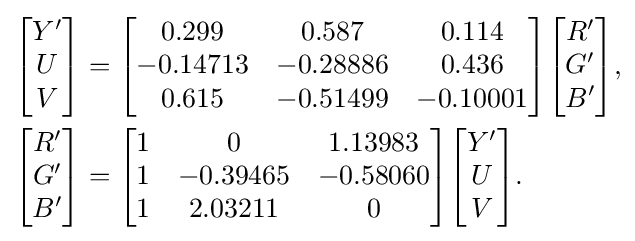
{\begin{aligned}{\begin{bmatrix}Y'\\U\\V\end{bmatrix}}&={\begin{bmatrix}0.299&0.587&0.114\\-0.14713&-0.28886&0.436\\0.615&-0.51499&-0.10001\end{bmatrix}}{\begin{bmatrix}R'\\G'\\B'\end{bmatrix}},\\{\begin{bmatrix}R'\\G'\\B'\end{bmatrix}}&={\begin{bmatrix}1&0&1.13983\\1&-0.39465&-0.58060\\1&2.03211&0\end{bmatrix}}{\begin{bmatrix}Y'\\U\\V\end{bmatrix}}.\end{aligned}}